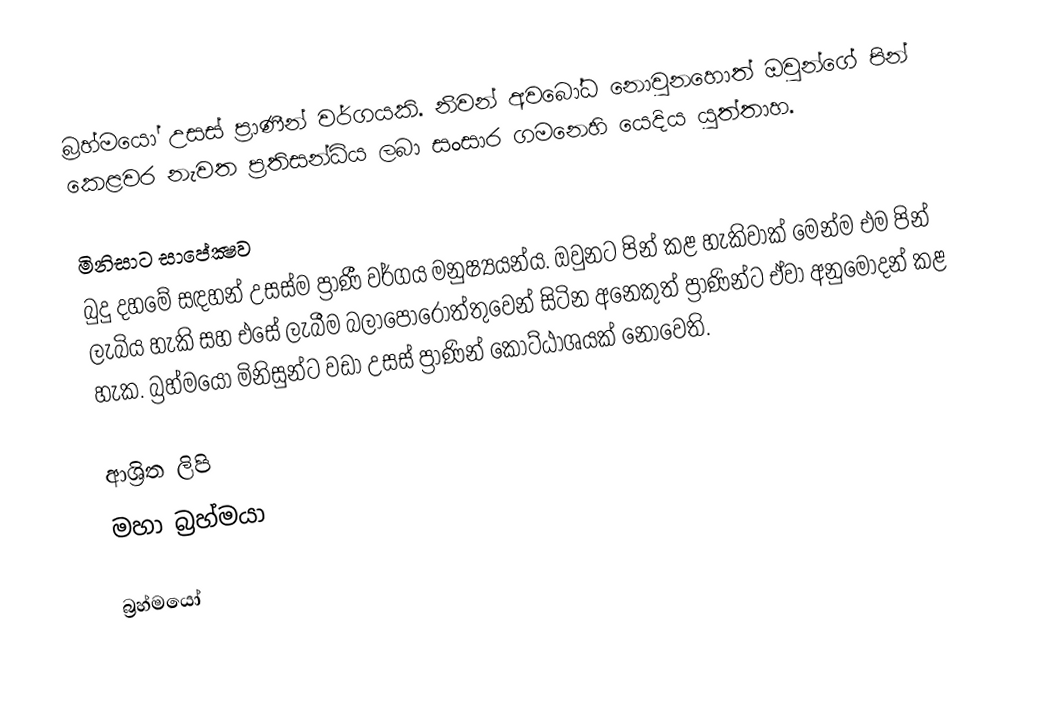
බ්‍රහ්මයෝ උසස් ප්‍රාණීන් වර්ගයකි. නිවන් අවබෝධ නොවුනහොත් ඔවුන්ගේ පින් කෙළවර නැවත ප්‍රතිසන්ධිය ලබා සංසාර ගමනෙහි යෙදිය යුත්තාහ.

මිනිසාට සාපේක්‍ෂව
බුදු දහමේ සඳහන් උසස්ම ප්‍රාණී වර්ගය මනුෂ්‍යයන්ය. ඔවුනට පින් කළ හැකිවාක් මෙන්ම එම පින් ලැබිය හැකි සහ එසේ ලැබීම බලාපොරොත්තුවෙන් සිටින අනෙකුත් ප්‍රාණින්ට ඒවා අනුමෝදන් කළ හැක. බ්‍රහ්මයෝ මිනිසුන්ට වඩා උසස් ප්‍රාණින් කොට්ඨාශයක් නොවෙති.

ආශ්‍රිත ලිපි
 මහා බ්‍රහ්මයා

බ්‍රහ්මයෝ